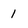
Character: 1